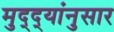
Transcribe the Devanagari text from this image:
मुद्‌द्‌यांनुसार